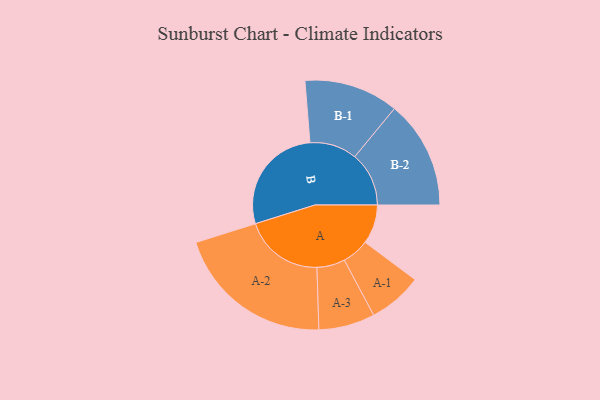
{"axis": {"x": "Segment", "y": "Value"}, "legend": ["", "A", "B"], "data": [{"x": "A", "y": 148, "type": ""}, {"x": "B", "y": 415, "type": ""}, {"x": "A-1", "y": 102, "type": "A"}, {"x": "A-2", "y": 300, "type": "A"}, {"x": "A-3", "y": 106, "type": "A"}, {"x": "B-1", "y": 178, "type": "B"}, {"x": "B-2", "y": 204, "type": "B"}]}